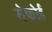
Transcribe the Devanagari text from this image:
मेफोर्ड